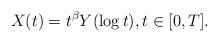
LaTeX: \begin{align*}X(t)=t^{\beta}Y(\log t),t \in [0,T].\end{align*}